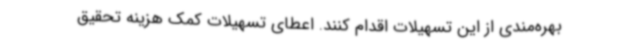
بهره‌مندی از این تسهیلات اقدام کنند. اعطای تسهیلات کمک هزینه تحقیق